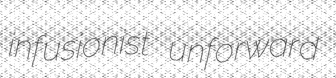
infusionist unforward